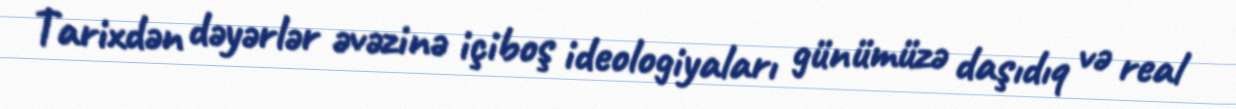
Tarixdən dəyərlər əvəzinə içiboş ideologiyaları günümüzə daşıdıq və real